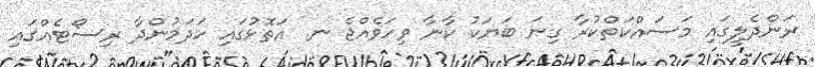
ރަންދެލީގައި މަސައްކަތްކުރާ ގިނަ ބަޔަކު ކާނާ ވިހަވެއްޖެ ނ. އަތޮޅުގައި ހަދަމުންދާ ރިސޯޓެއްގައި